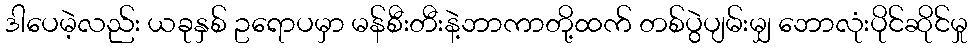
ဒါပေမဲ့လည်း ယခုနှစ် ဥရောပမှာ မန်စီးတီးနဲ့ဘာကာတို့ထက် တစ်ပွဲပျမ်းမျှ ဘောလုံးပိုင်ဆိုင်မှု